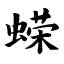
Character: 蝾